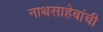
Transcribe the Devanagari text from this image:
नाथसाहेबांची